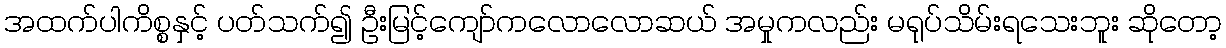
အထက်ပါကိစ္စနှင့် ပတ်သက်၍ ဦးမြင့်ကျော်ကလောလောဆယ် အမှုကလည်း မရုပ်သိမ်းရသေးဘူး ဆိုတော့